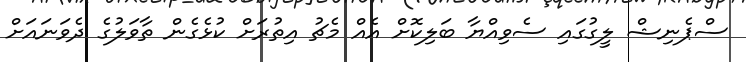
ސްޕެނިޝް ލީގުގައި ސެވިއްޔާ ބަލިކޮށް އެއް މެޗު އިތުރަށް ކުޅެގެން ތާވަލުގެ ދެވަނައަށް